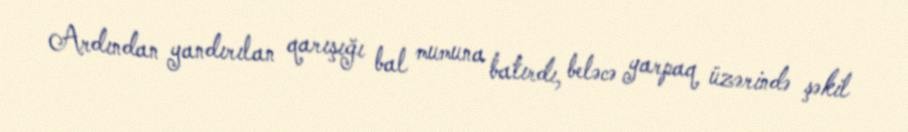
Ardından yandırılan qarışığı bal mumuna batırdı, beləcə yarpaq üzərində şəkil